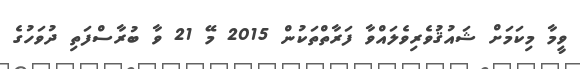
ވީމާ މިކަމަށް ޝައުޤުވެރިވެލައްވާ ފަރާތްތަކުން 2015 މޭ 21 ވާ ބުރާސްފަތި ދުވަހުގެ